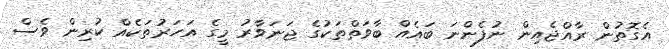
އެގޮތުން ރާއްޖެއިން ނުފެންނަ ބައެއް ބާވަތްތަކުގެ ޖަނަވާރު މީގެ އަހަރުތަކެއް ކުރިން ވެސް